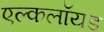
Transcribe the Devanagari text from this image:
एल्कलॉयड